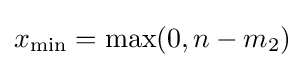
x_{\min }=\max(0,n-m_{2})